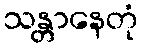
သန္တာနေတုံ